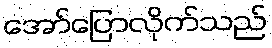
အော်ပြောလိုက်သည်